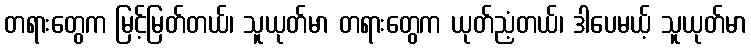
တရားတွေက မြင့်မြတ်တယ်၊ သူယုတ်မာ တရားတွေက ယုတ်ညံ့တယ်၊ ဒါပေမယ့် သူယုတ်မာ